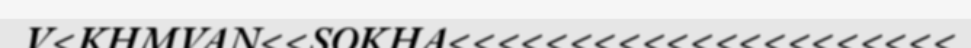
V<KHMVAN<<SOKHA<<<<<<<<<<<<<<<<<<<<<